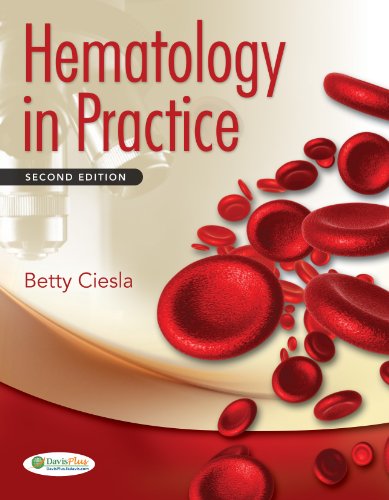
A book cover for Hematology in Practice; Betty Ciesla MS  MLS(ASCP)SHCM; Medical Books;